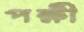
পক্ষী